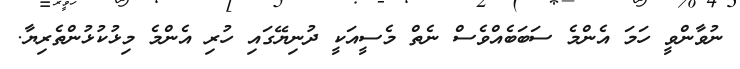
ނުވާންވީ ހަމަ އެންމެ ސަބަބެއްވެސް ނެތް މެސީއަކީ ދުނިޔޭގައި ހުރި އެންމެ މިޅުކުޅުންތެރިޔާ.